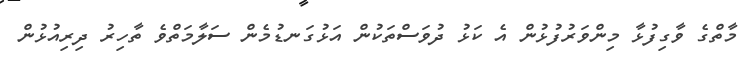
މާތްގެ ވާގިފުޅާ މިންވަރުފުޅުން އެ ކަޅު ދުވަސްތަކުން އަޅުގަނޑުމެން ސަލާމަތްވެ ތާހިރު ދިރިއުޅުން